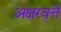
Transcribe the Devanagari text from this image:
अक्षरवृत्ते